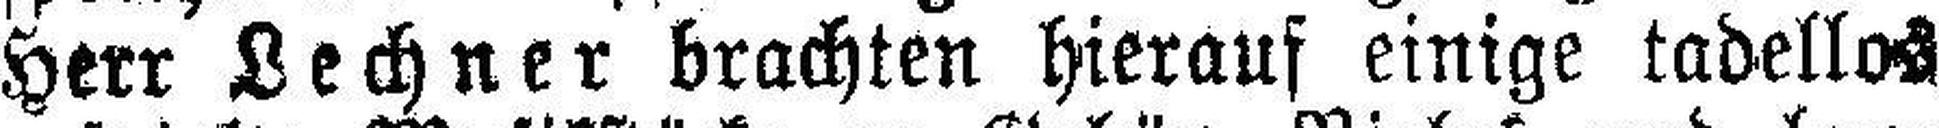
Herr Lechner brachten hierauf einige tadellos